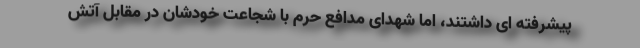
پیشرفته ای داشتند، اما شهدای مدافع حرم با شجاعت خودشان در مقابل آتش